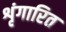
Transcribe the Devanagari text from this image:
शृंगारित